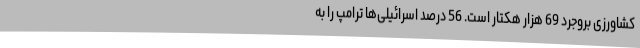
کشاورزی بروجرد 69 هزار هکتار است. 56 درصد اسرائیلی‌ها ترامپ را به